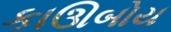
કાઊબોય